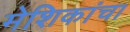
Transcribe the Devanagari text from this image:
मेशिकांचा